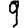
Digit: 9